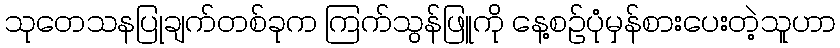
သုတေသနပြုချက်တစ်ခုက ကြက်သွန်ဖြူကို နေ့စဉ်ပုံမှန်စားပေးတဲ့သူဟာ